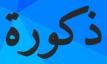
ذكورة